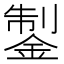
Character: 𨧳